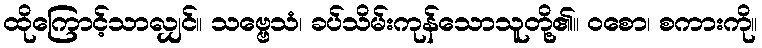
ထိုကြောင့်သာလျှင်။ သဗ္ဗေသံ၊ ခပ်သိမ်းကုန်သောသူတို့၏။ ဝစော၊ စကားကို။